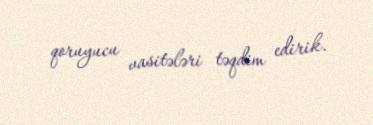
qoruyucu vasitələri təqdim edirik.